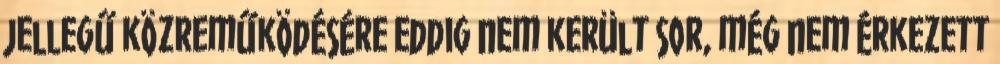
jellegű közreműködésére eddig nem került sor, még nem érkezett